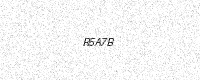
Text: R5A7B